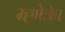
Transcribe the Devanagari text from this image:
म्ह्णेजेच